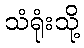
သံရုံးသို့